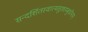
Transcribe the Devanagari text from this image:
सन्दर्शितस्वात्मसुखाम्बुधीनाम्